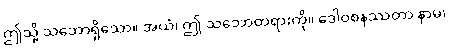
ဤသို့ သဘောရှိသော။ အယံ၊ ဤ သဘောတရားကို။ ဒေါဝစနဿတာ နာမ၊